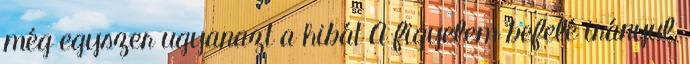
még egyszer ugyanazt a hibát A figyelem befelé irányul,